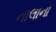
નાલાના